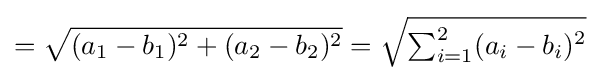
={\sqrt {(a_{1}-b_{1})^{2}+(a_{2}-b_{2})^{2}}}={\sqrt {\textstyle \sum _{i=1}^{2}(a_{i}-b_{i})^{2}}}